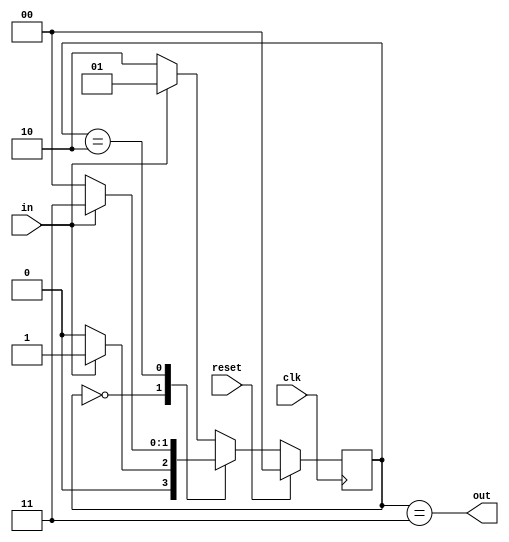
module top_module(
    input clk,
    input in,
    input reset,
    output out);

    parameter A=2'd0, B=2'd1, C=2'd2, D=2'd3;
    reg [1:0] state;

    always @(posedge clk) begin
        if (reset)
            state <= A;
        else begin
            case (state)
                A: state <= in ? B : A;
                B: state <= in ? B : C;
                C: state <= in ? D : A;
                default: state <= in ? B : C;
            endcase
        end
    end

	assign out = state == D;

endmodule